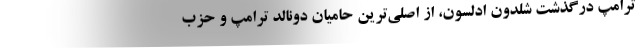
ترامپ درگذشت شلدون ادلسون، از اصلی‌ترین حامیان دونالد ترامپ و حزب